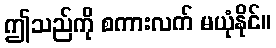
ဤသည်ကို စကားလက် မယုံနိုင်။